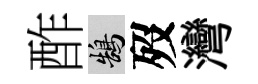
酢鵠歿灣